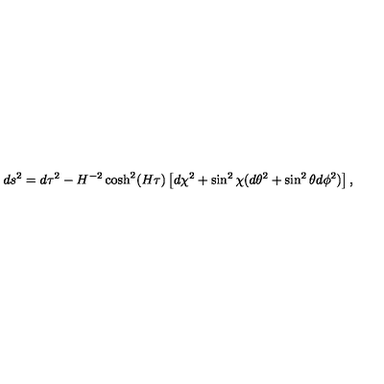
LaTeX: d s ^ { 2 } = d \tau ^ { 2 } - H ^ { - 2 } \cosh ^ { 2 } ( H \tau ) \left[ d \chi ^ { 2 } + \sin ^ { 2 } \chi ( d \theta ^ { 2 } + \sin ^ { 2 } \theta d \phi ^ { 2 } ) \right] ,